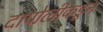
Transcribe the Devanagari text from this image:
दापोलीकडून